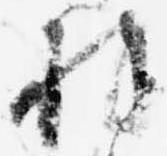
様